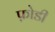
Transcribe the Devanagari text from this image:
फ़ोडी